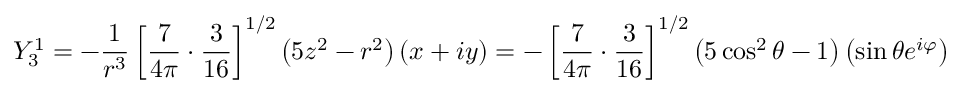
Y _ { 3 } ^ { 1 } = - { \frac { 1 } { r ^ { 3 } } } \left[ { \frac { 7 } { 4 \pi } } \cdot { \frac { 3 } { 1 6 } } \right] ^ { 1 / 2 } \left( 5 z ^ { 2 } - r ^ { 2 } \right) \left( x + i y \right) = - \left[ { \frac { 7 } { 4 \pi } } \cdot { \frac { 3 } { 1 6 } } \right] ^ { 1 / 2 } \left( 5 \cos ^ { 2 } \theta - 1 \right) \left( \sin \theta e ^ { i \varphi } \right)